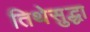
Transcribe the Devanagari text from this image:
तिथेसुद्धा